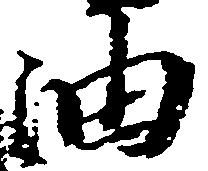
油